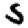
Digit: 5